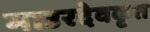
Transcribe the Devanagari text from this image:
माउरदेवकृत